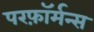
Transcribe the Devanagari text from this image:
परफ़ॉर्मन्स